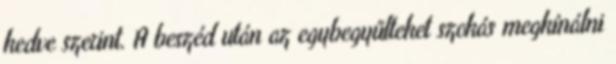
kedve szerint. A beszéd után az egybegyűlteket szokás megkínálni